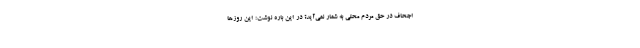
اجحاف در حق مردم محلی به شمار نمی‌آید؟ در این باره نوشت: این روزها